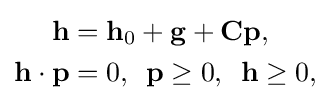
{\begin{aligned}\mathbf {h} &=\mathbf {h} _{0}+\mathbf {g} +\mathbf {Cp} ,\\\mathbf {h} \cdot \mathbf {p} &=0,\,\,\,\mathbf {p} \geq 0,\,\,\,\mathbf {h} \geq 0,\\\end{aligned}}